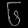
Digit: ၆